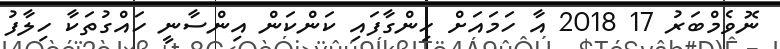
ނޮވެމްބަރު 17 2018 އާ ހަމައަށް ހިންގާފައި ކަންކަން އިންސާނީ ހައްގުތަކާ ހިލާފު